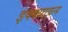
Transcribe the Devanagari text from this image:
इक्क्यावन